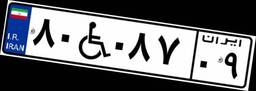
۸۰W۰۸۷۰۹